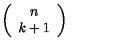
\left( \begin{array} { c } { n } \\ { k + 1 } \\ \end{array} \right)